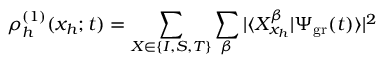
\rho _ { h } ^ { ( 1 ) } ( x _ { h } ; t ) = \sum _ { X \in \{ I , S , T \} } \sum _ { \beta } | \langle X _ { x _ { h } } ^ { \beta } | \Psi _ { \mathrm { g r } } ( t ) \rangle | ^ { 2 }